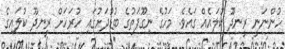
ހުންނަނީ ރީނދޫ ކުލައެއް ގައެވެ. މަހުގެ ނިގޫފަތުގެ ބުޑުދަށުގައި ހުރަހަށް ރީނދޫ ކުލައިގެ